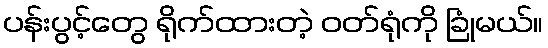
ပန်းပွင့်တွေ ရိုက်ထားတဲ့ ဝတ်ရုံကို ခြုံမယ်။